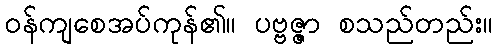
ဝန်ကျစေအပ်ကုန်၏။ ပဗ္ဗဇ္ဇာ စသည်တည်း။